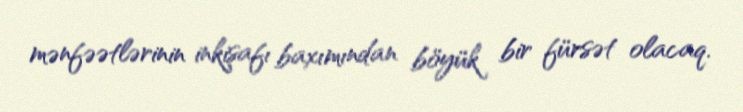
mənfəətlərinin inkişafı baxımından böyük bir fürsət olacaq.